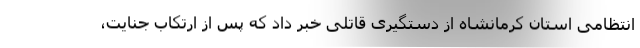
انتظامی استان کرمانشاه از دستگیری قاتلی خبر داد که پس از ارتکاب جنایت،